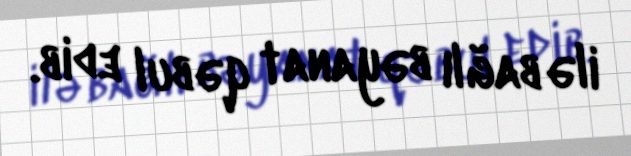
ilə bağlı bəyanat qəbul edib.